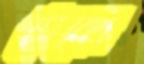
সেকো